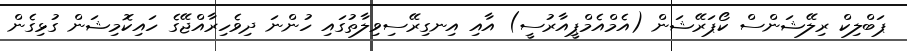
ޕަބްލިކް ރިލޭޝަންސް ކޯޕަރޭޝަން (އެމްއެމްޕީއާރުސީ) އާއި އިނގިރޭސިވިލާތުގައި ހުންނަ ދިވެހިރާއްޖޭގެ ހައިކޮމިޝަން ގުޅިގެން